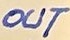
Text: OUT